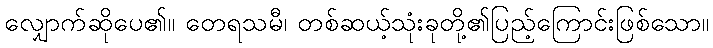
လျှောက်ဆိုပေ၏။ တေရသမီ၊ တစ်ဆယ့်သုံးခုတို့၏ပြည့်ကြောင်းဖြစ်သော။